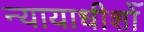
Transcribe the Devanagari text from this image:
न्यायाधीशोँ